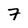
Character: 7